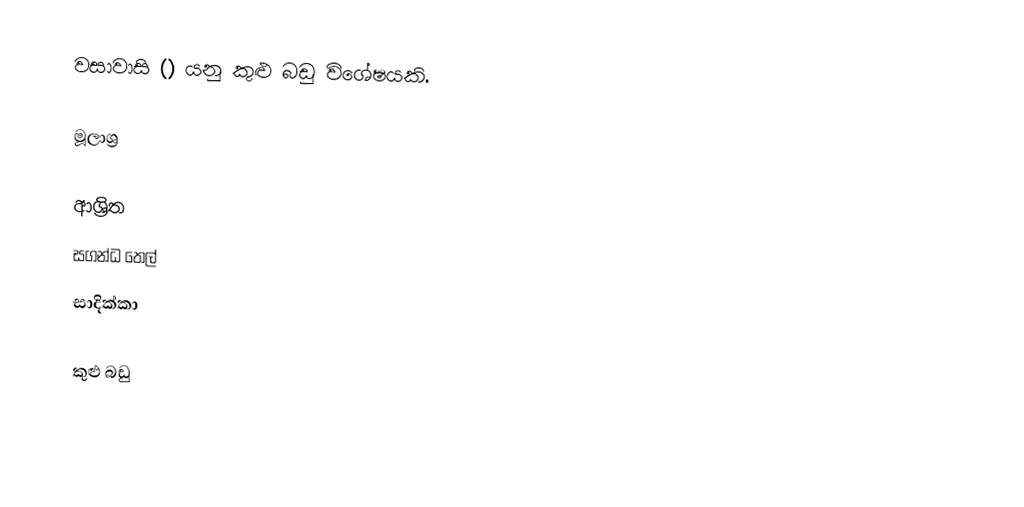
වසාවාසි () යනු කුළු බඩු විශේෂයකි.

මූලාශ්‍ර

ආශ්‍රිත
 සගන්ධ තෙල්
 සාදික්කා

කුළු බඩු